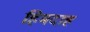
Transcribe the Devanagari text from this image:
हिमदाह